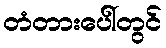
တံတားပေါ်တွင်